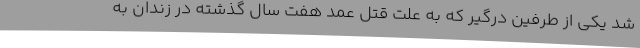
شد یکی از طرفین درگیر که به علت قتل عمد هفت سال گذشته در زندان به